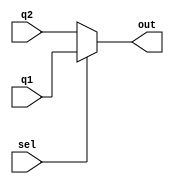
`timescale 1ns / 1ps
//////////////////////////////////////////////////////////////////////////////////
// Company: 
// Engineer: 
// 
// Design Name: 
// Module Name: mux2_1
// Project Name: 
// Target Devices: 
// Tool Versions: 
// Description: 
// 
// Dependencies: 
// 
// Revision:
// Revision 0.01 - File Created
// Additional Comments:
// 
//////////////////////////////////////////////////////////////////////////////////


module mux2_1#(parameter DATA_WIDTH = 8)(q1,q2,sel,out);
    input [DATA_WIDTH-1:0]q1;
    input [DATA_WIDTH-1:0]q2;
    input sel; 
    output reg [DATA_WIDTH-1:0]out;
    
    initial
    begin
        out=0;
    end
    
    always@(sel or q1 or q2)
    begin
        if (sel == 1) begin
            out<=q1;
        end
        else begin
            out<=q2;
        end
    end
endmodule